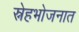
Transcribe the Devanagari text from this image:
स्नेहभोजनात